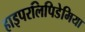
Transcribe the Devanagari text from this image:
हाइपरलिपिडेमिया